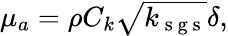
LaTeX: \begin{array}{r}{\mu_{a}=\rho C_{k}\sqrt{k_{\mathrm{~s~g~s~}}}\delta,}\end{array}